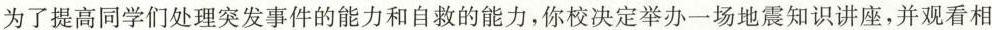
为了提高同学们处理突发事件的能力和自救的能力，你校决定举办一场地震知识讲座，并观看相